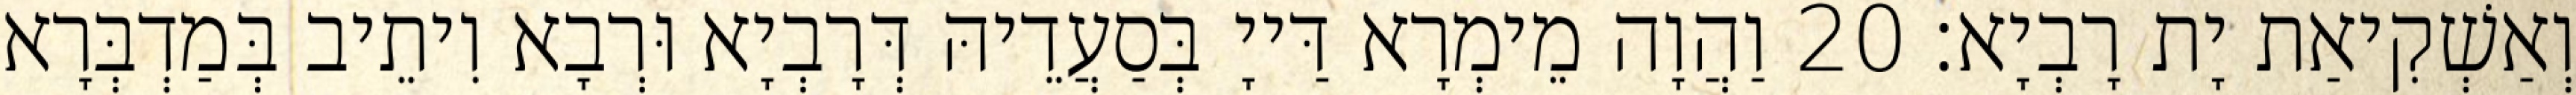
וְאַשְׁקִיאַת יָת רָבְיָא׃ 20 וַהֲוָה מֵימְרָא דַּייָ בְּסַעֲדֵיהּ דְּרָבְיָא וּרְבָא וִיתֵיב בְּמַדְבְּרָא